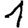
Digit: 1